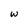
Character: W